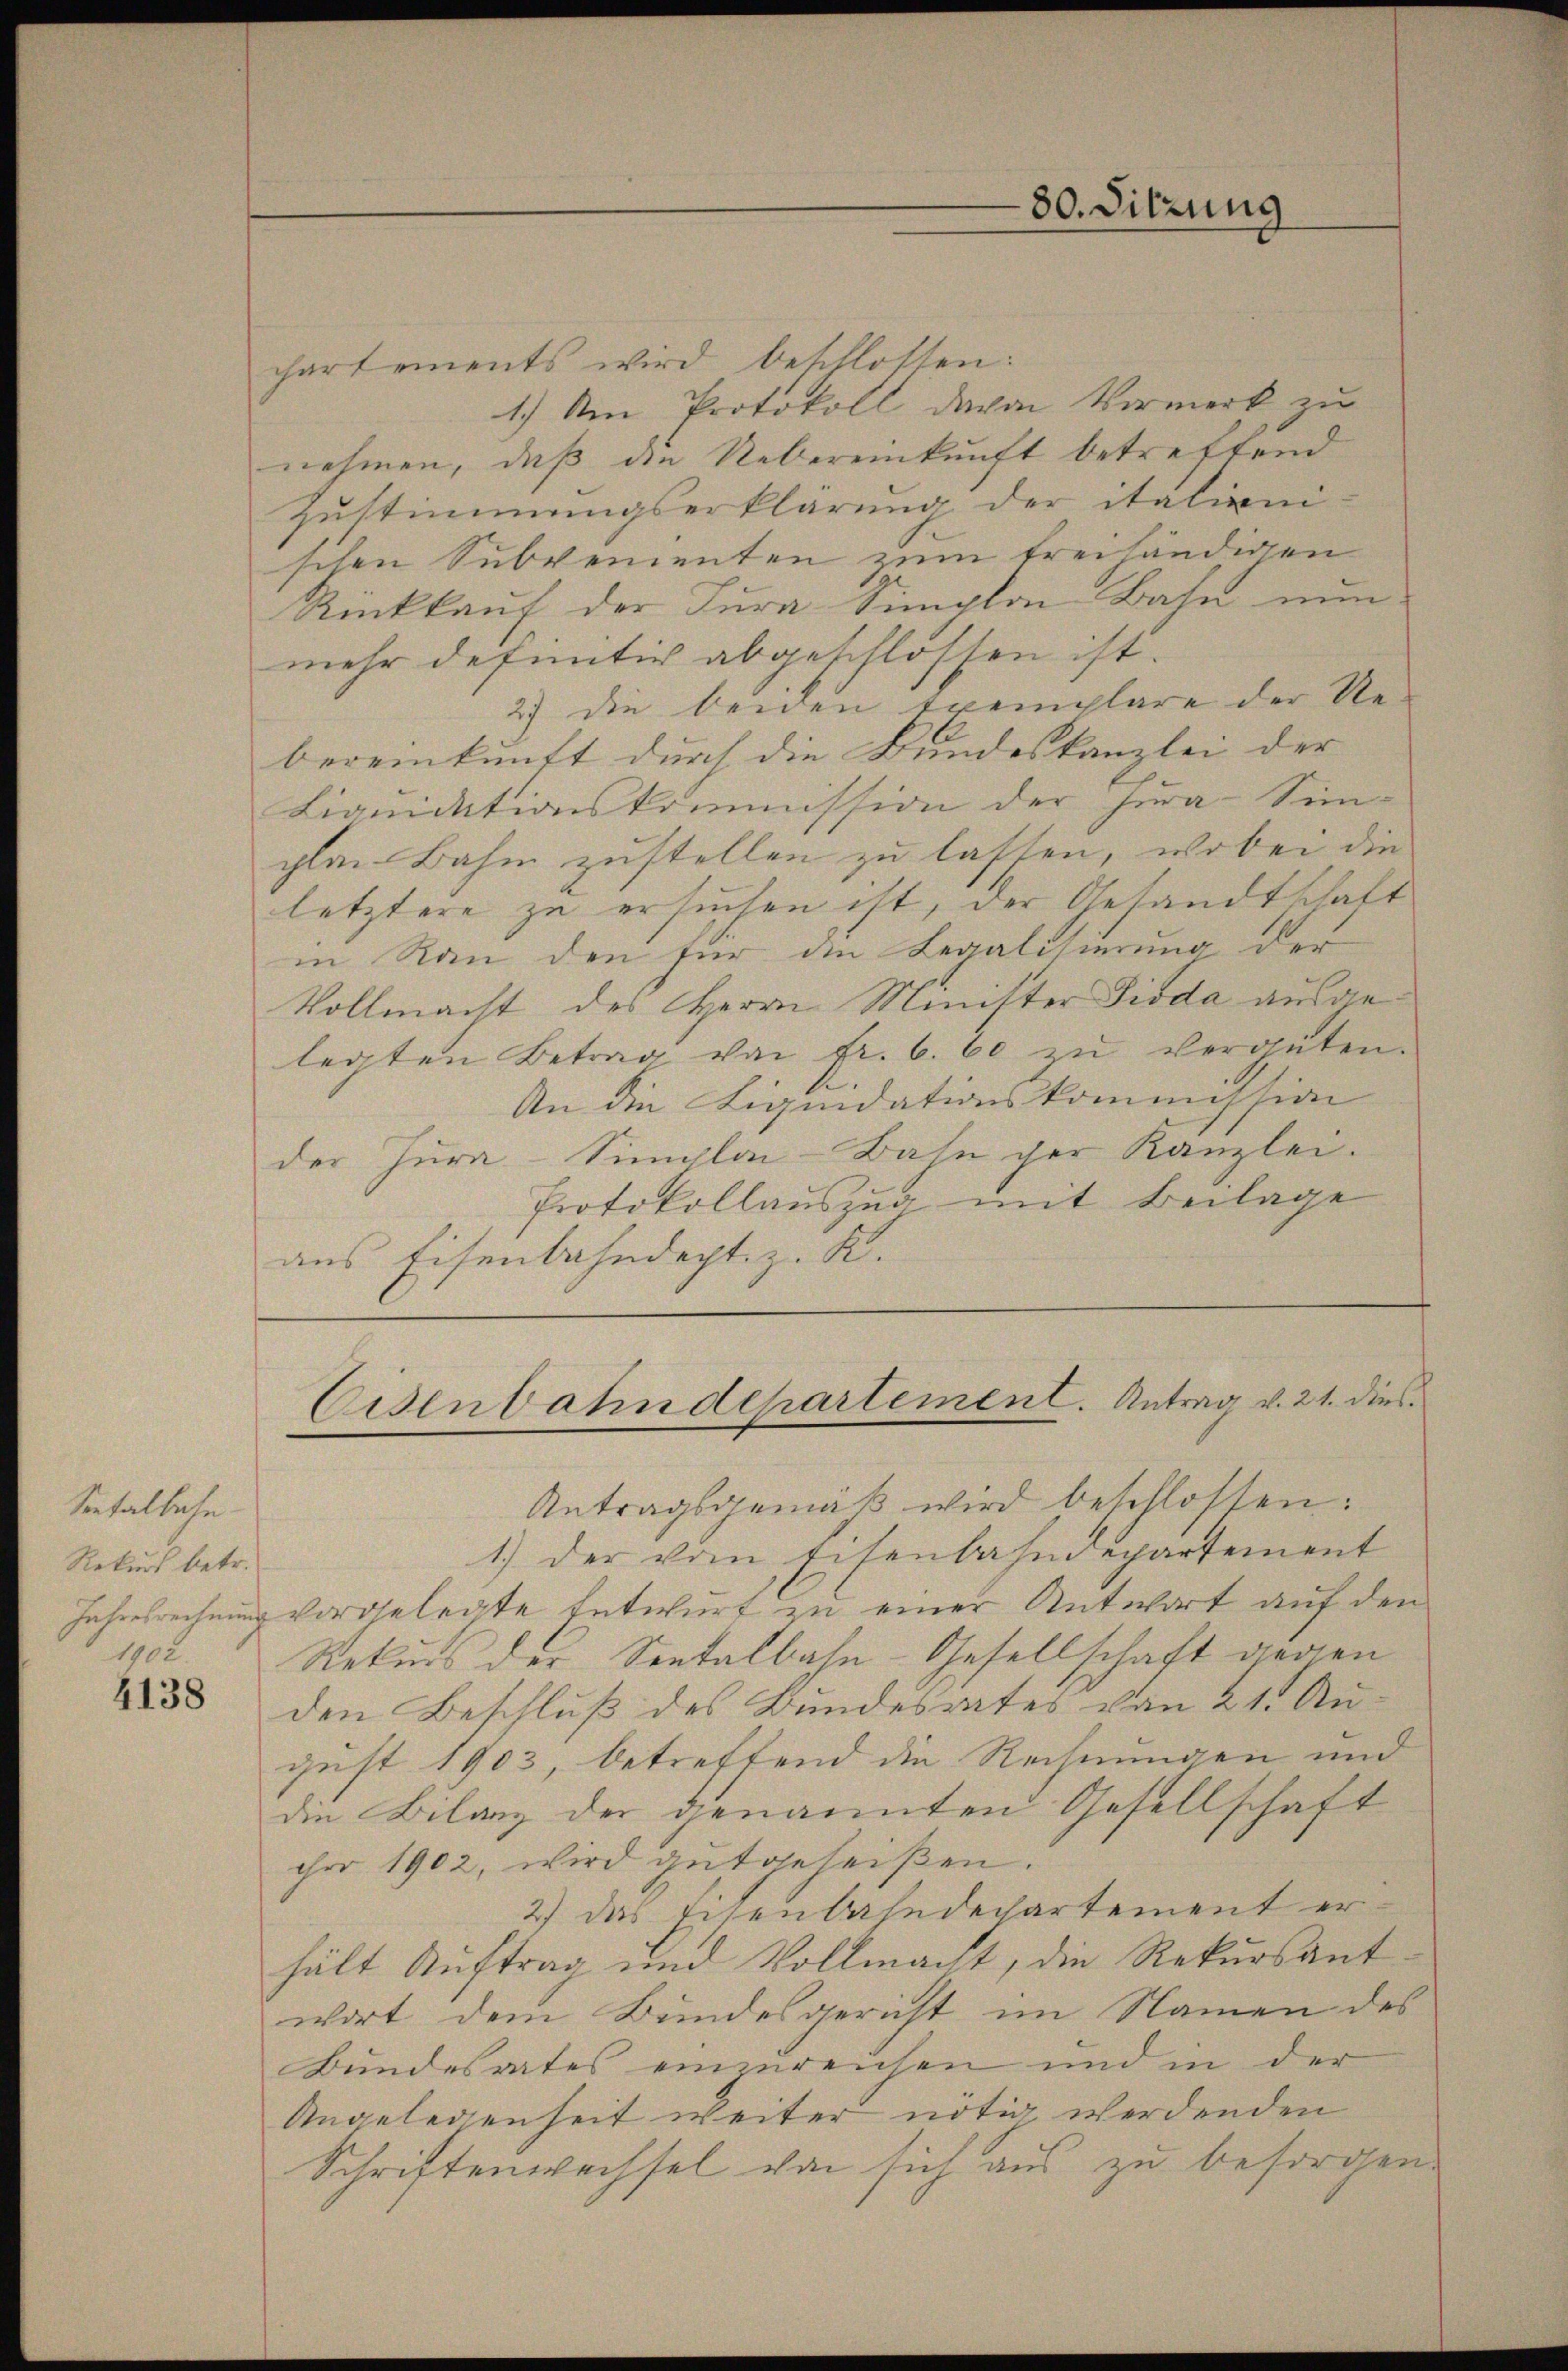
Seetalbahn
Rekurs betr.

4138

80. Sitzung

chartements wird beschlossen:
1.) Am Protokoll davon Vormerk zu
nehmen, daß die Uebereinkunft betreffend
Zustimmungserklärung der italienischen Subvementen zum freihändigen
Rückkauf der Jura Simplon Bahn nun
mehr definitiv abgeschlossen ist.
2) die beiden Exemplare der Re-
bereinkunft durch die Bundeskanzlei der
Liquidationskommission der hera-Sim-
zlei Bahn zustellen zu lassen, wobei die
letztere zu ersuchen ist, der Gesandtschaft
in Rau den für die Legalisierung der
Vollmacht des Herrn Minister Pioda ausgelegten Betrag von fr. 6. 60 zŭ vergüten.
An die Liquidationskommission
der Jura-Simglai-Bahn der Kanzlei.
Protokollauszug mit Beilage
aus Eisenbahndecht z. K.

Antragsgemäß wird beschlossen:
1.) Der vom Eisenbahndepartement
Jahresrechnung vorgelegte Entwurf zu einer Antwort auf den
1902 Rekurs der Sentalbahn-Gesellschaft gegen
den Beschluß des Bundesrates von 21. August 1903, betreffend die Rechnungen und
die Bilanz der genannten Gesellschaft
chr 1902, wird gutgeheißen.
2) das Eisenbahndechartement erhält Auftrag und Vollmacht, die Rekursantwort dem Bundesgericht im Namen des
Bundesrates einzureichen und in der
Angelegenheit weiter nötig werdenden
Schrittenwechsel von sich aus zu besorgen

Eisenbahndepartement. Antrag v. 21. dies